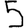
Digit: 5